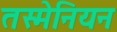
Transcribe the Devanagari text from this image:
तस्मेनियन